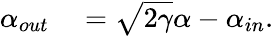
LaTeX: \begin{array}{rl}{\alpha_{out}}&{{}=\sqrt{2\gamma}\alpha-\alpha_{in}.}\end{array}